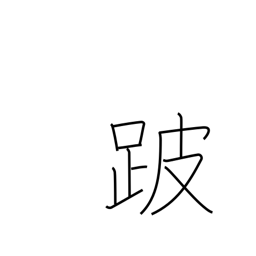
Meaning: lameness